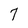
Character: 7